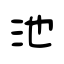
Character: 池